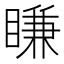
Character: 䁠